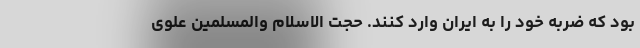
بود که ضربه خود را به ایران وارد کنند. حجت الاسلام والمسلمین علوی